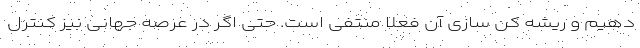
دهیم و ریشه کن سازی آن فعلا منتفی است. حتی اگر در عرصه جهانی نیز کنترل